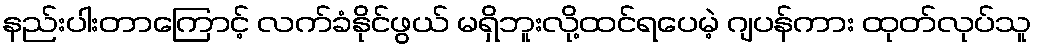
နည်းပါးတာကြောင့် လက်ခံနိုင်ဖွယ် မရှိဘူးလို့ထင်ရပေမဲ့ ဂျပန်ကား ထုတ်လုပ်သူ